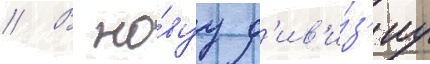
// В но́вуу д'ив'и́з'иу